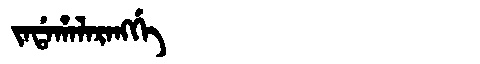
Manchu: ᠵᠠᡩᠠᡥᠠᠯᠠᡵᠠᠩᡤᡝ
Romanization: JADAHALARANGGE